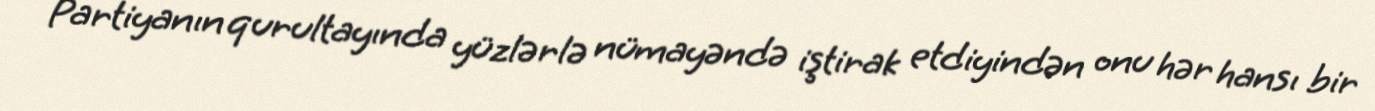
Partiyanın qurultayında yüzlərlə nümayəndə iştirak etdiyindən onu hər hansı bir